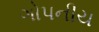
ગોપનીય